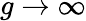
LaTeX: g\rightarrow\infty